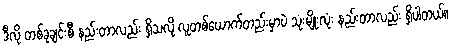
ဒီလို တစ်ခုချင်းစီ နည်းတာလည်း ရှိသလို လူတစ်ယောက်တည်းမှာပဲ သုံးမျိုးလုံး နည်းတာလည်း ရှိပါတယ်။